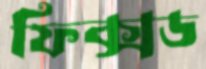
ফিক্সড